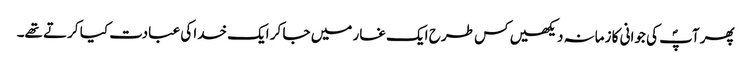
پھر آپؐ کی جوانی کا زمانہ دیکھیں کس طرح ایک غار میں جا کر ایک خدا کی عبادت کیا کرتے تھے۔